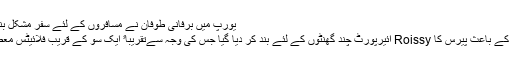
یورپ میں برفانی طوفان نے مسافروں کے لئے سفر مشکل بنا دیا ہے
برفباری کے باعث پیرس کا Roissy ائیرپورٹ چند گھنٹوں کے لئے بند کر دیا گیا جس کی وجہ سےتقریباﹰ ایک سو کے قریب فلائیٹس معطل رہیں۔